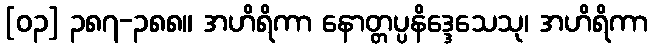
[၀၃] ၃၈၇-၃၈၈။ အဟိရိကာ နောတ္တပ္ပနိဒ္ဒေသေသု၊ အဟိရိကာ